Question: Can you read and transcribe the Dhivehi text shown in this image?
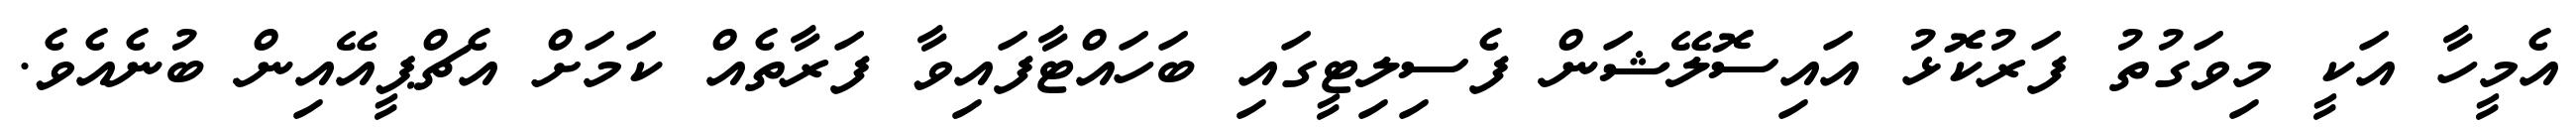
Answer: އެމީހާ އަކީ މިވަގުތު ފަރުކޮޅު އައިސޮލޭޝަން ފެސިލިޓީގައި ބަހައްޓާފައިވާ ފަރާތެއް ކަމަށް އެޗްޕީއޭއިން ބުނެއެވެ.